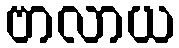
ဗာလာယ